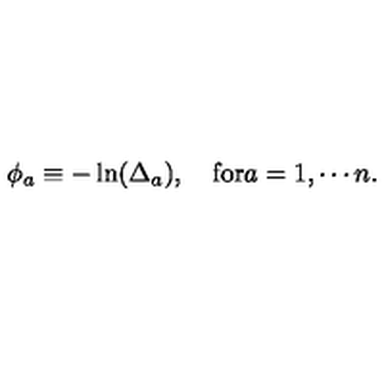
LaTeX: \phi _ { a } \equiv - \ln ( \Delta _ { a } ) , \quad \mathrm { f o r } a = 1 , \cdots n .